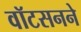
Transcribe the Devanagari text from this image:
वॉटसनने